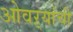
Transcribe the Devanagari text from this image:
ओवऱ्यांची